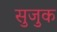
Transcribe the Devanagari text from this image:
सुजुक